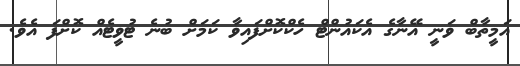
އަމީތާބް ވަނީ އޭނާގެ އެކައުންޓް ހެކްކޮށްފައިވާ ކަމަށް ބުނެ ޓުވީޓެއް ކޮށްފަ އެވެ.